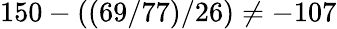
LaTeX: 150-((69/77)/26)\neq-107